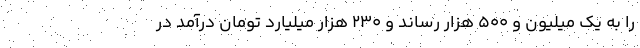
را به یک میلیون و ۵۰۰ هزار رساند و ۲۳۰ هزار میلیارد تومان درآمد در